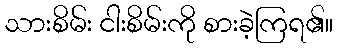
သားစိမ်း ငါးစိမ်းကို စားခဲ့ကြရ၏။